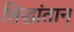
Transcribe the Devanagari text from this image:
सिद्धांतान्